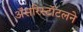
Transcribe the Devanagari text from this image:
अॅसरिस्टॉटलने